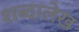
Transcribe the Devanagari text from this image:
शब्दालेख